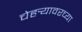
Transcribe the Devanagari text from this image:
चेहर्‍यावरच्या